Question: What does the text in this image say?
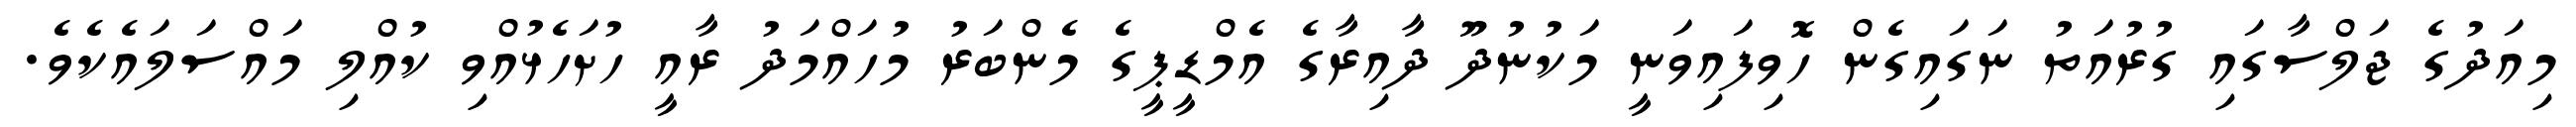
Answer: މިއަދުގެ ޖަލްސާގައި ގުރުއަތު ނަގައިގެން ހޮވިފައިވަނީ މަކުނުދޫ ދާއިރާގެ އެމްޑީޕީގެ މެންބަރު މުހައްމަދު ރާއީ ހުށަހެޅުއްވި ކުއްލި މައްސަލައެކެވެ.